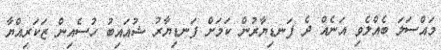
މައްސަލަ ބެއްލެވި އަނެއް ދެ ފަނޑިޔާރުން ކަމަށް ފަނޑިޔާރު ޝުއައިބު ހުސެއިން ޒަކަރިއްޔާ